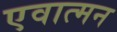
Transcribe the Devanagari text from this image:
एवात्मन